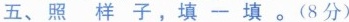
五、照样子，填一填。(8分)